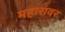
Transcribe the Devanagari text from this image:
महारावर